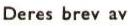
Deres brev av